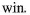
win.